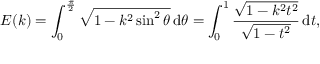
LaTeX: E ( k ) = \int _ { 0 } ^ { \frac { \pi } { 2 } } { \sqrt { 1 - k ^ { 2 } \sin ^ { 2 } \theta } } \, \mathrm { d } \theta = \int _ { 0 } ^ { 1 } { \frac { \sqrt { 1 - k ^ { 2 } t ^ { 2 } } } { \sqrt { 1 - t ^ { 2 } } } } \, \mathrm { d } t ,